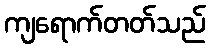
ကျရောက်တတ်သည်